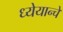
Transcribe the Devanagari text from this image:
ध्येयान्चे